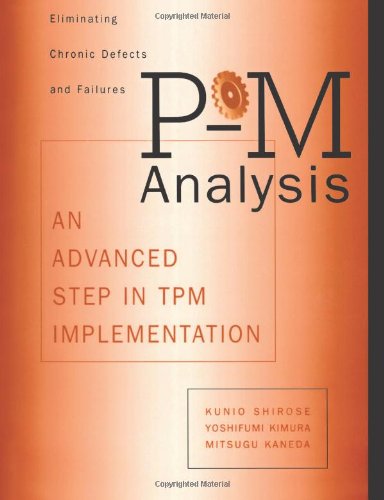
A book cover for P-M Analysis: AN ADVANCED STEP IN TPM IMPLEMENTATION; Shirose Kunio; Business & Money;